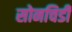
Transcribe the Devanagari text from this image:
सोनचिडी